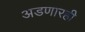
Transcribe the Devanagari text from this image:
अडणारही